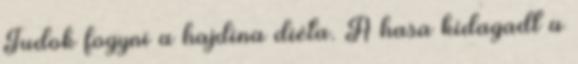
Tudok fogyni a hajdina diéta. A hasa kidagadt a